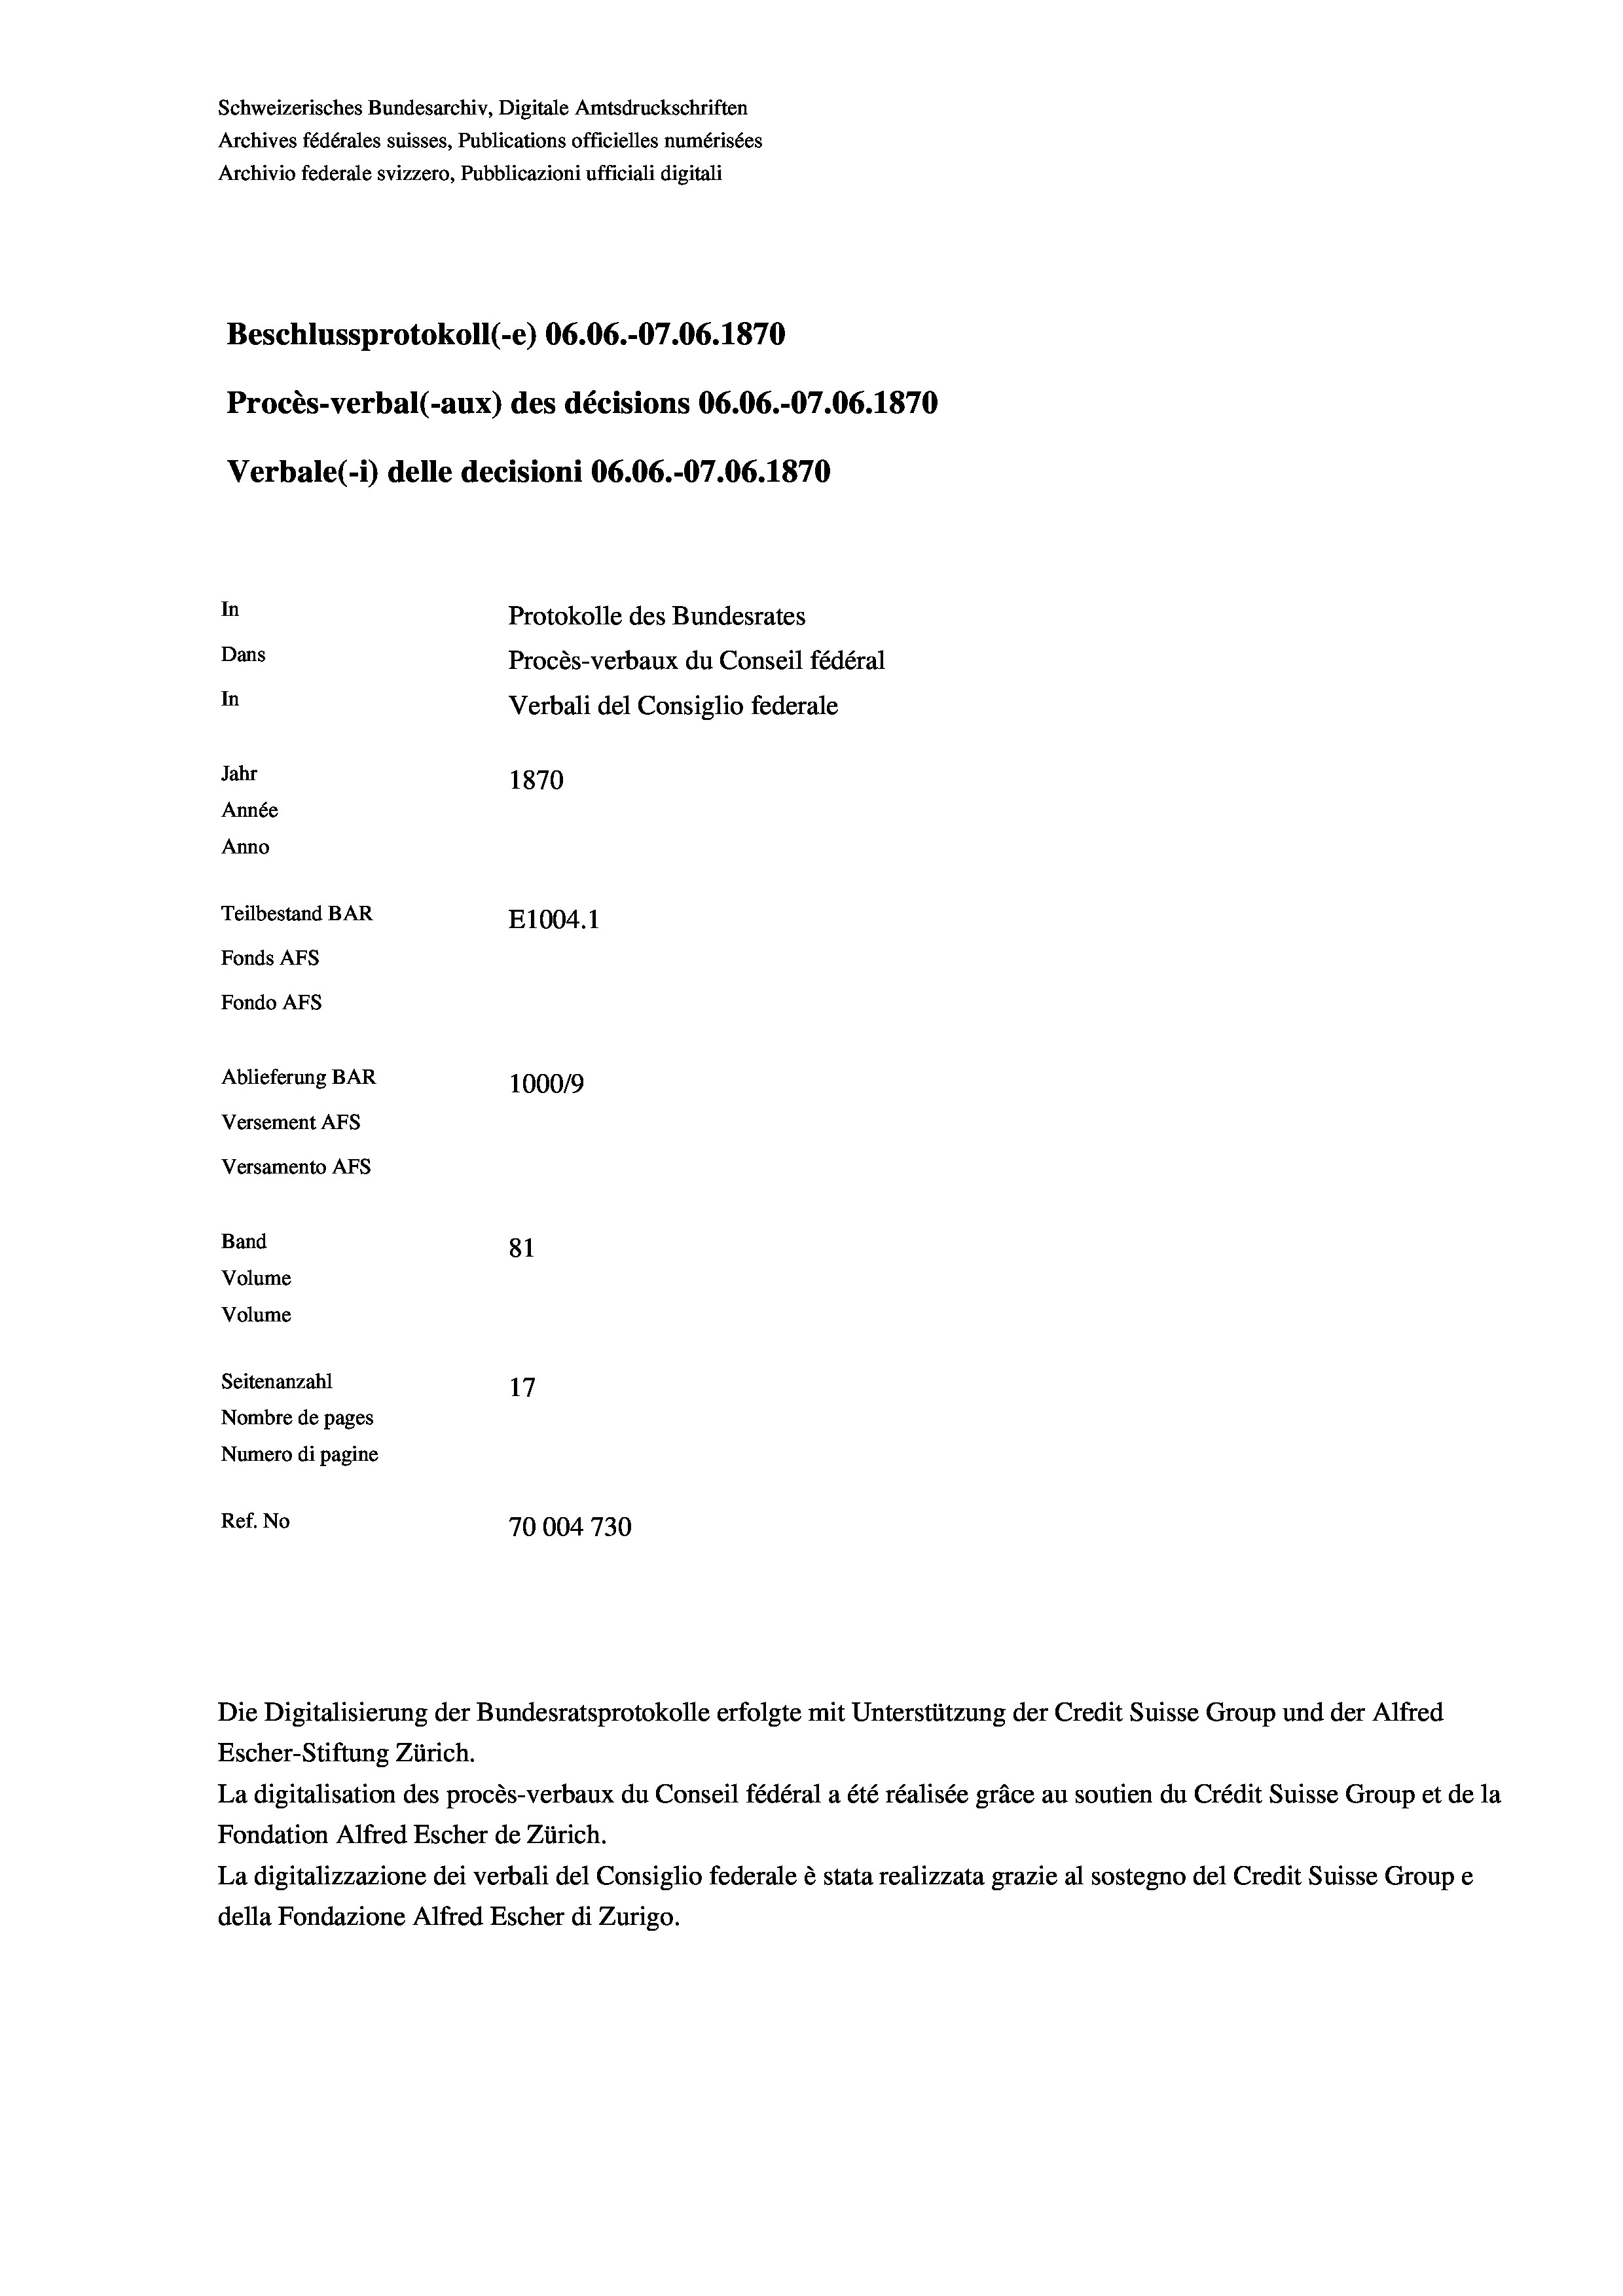
Schweizerisches Bundesarchiv, Digitale Amtsdruckschriften
Archives fédérales suisses, Publications officielles numérisées
Archivio federale svizzero, Pubblicazioni ufficiali digitali
Beschlussprotokoll (-e) 06.06.-07.06. 1870
Procès-verbal (-aux) des décisions 06.06.-07.06. 1870
Verbale (i) delle decisioni 06.06.-07.06. 1870
In
Protokolle des Bundesrates
Dans
Procès-verbaux du Conseil fédéral
In
Verbali del Consiglio federale
Jahr
1870
Année
Anno
Teilbestand BAR
E1004. 1
Fonds AFs
Fondo Afs
Ablieferung BAR
100019
Versement AFs

Versamento Afs
Band
Volume
Volume

81
Seitenanzahl
17
Nombre de pages
Numero di pagine
Ref. No
70004730

Escher-Stiftung Zürich.
La digitalisation des procès-verbaux du Conseil fédéral a été réalisée gräce au soutien du Crédit Suisse Group et de la
Fondation Alfred Escher de Zürich.
La digitalizzazione dei verbali del Consiglio federale è stata realizzata grazie al sostegno del Credit Suisse Groupe
della Fondazione Alfred Escher di Zurigo.

Die Digitalisierung der Bundesratsprotokolle erfolgte mit Unterstützung der Credit Suisse Group und der Alfred